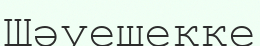
Шәуешекке